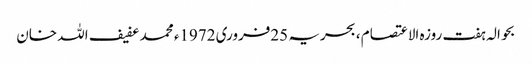
بحوالہ ہفت روزہ الاعتصام ، بحریہ 25فروری 1972ء محمد عفیف اللہ خان